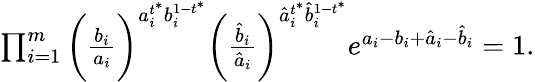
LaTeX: \begin{array}{r}{\prod_{i=1}^{m}\bigg(\frac{b_{i}}{a_{i}}\bigg)^{a_{i}^{t^{*}}b_{i}^{1-t^{*}}}\bigg(\frac{\hat{b}_{i}}{\hat{a}_{i}}\bigg)^{\hat{a}_{i}^{t^{*}}\hat{b}_{i}^{1-t^{*}}}e^{a_{i}-b_{i}+\hat{a}_{i}-\hat{b}_{i}}=1.}\end{array}